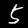
Digit: 5